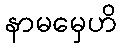
နာမမှေဟိ